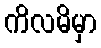
ကိလမိမှာ